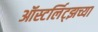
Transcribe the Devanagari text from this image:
ऑस्टर्लिट्झच्या